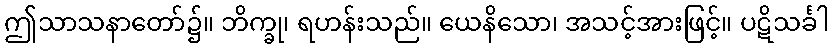
ဤသာသနာတော်၌။ ဘိက္ခု၊ ရဟန်းသည်။ ယေနိသော၊ အသင့်အားဖြင့်။ ပဋိသင်္ခါ